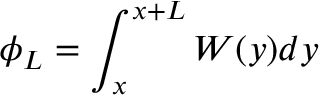
\phi _ { L } = \int _ { x } ^ { x + L } W ( y ) d y